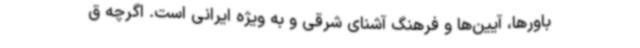
باورها، آیین‌ها و فرهنگ آشنای‌ شرقی و به ویژه ایرانی است. اگرچه ق